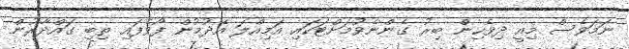
ނަމަވެސް މިއީ ދިވެހިން ބިރު ގެންނެވުމަށްޓަކައި އަމިއްލަ އެދުމުން ފޯވެފައި ތިބި ގައްދާރުން